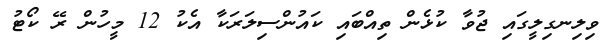
ވިލިނގިލީގައި ޖުވާ ކުޅެން ތިއްބައި ކައުންސިލަރަކާ އެކު 12 މީހުން ރޭ ކޯޓު